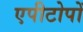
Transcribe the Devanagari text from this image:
एपीटोपों